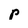
Character: p